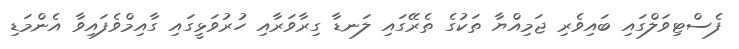
ފެސްޓިވަލްގައި ބައިވެރި ޖަމިއްޔާ ތަކުގެ ތެރޭގައި ލަނޑާ ގިރާވަރާއި ހުރުވަޅީގައި ގާއިމްވެފައިވާ އެންމަޑި